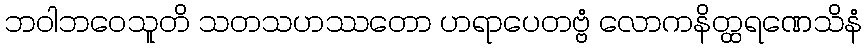
ဘဝါဘဝေသူတိ သတသဟဿတော ဟရာပေတဗ္ဗံ လောကနိတ္ထရဏေသိနံ